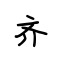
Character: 齐